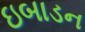
ઇબાડન